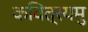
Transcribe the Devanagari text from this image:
कवित्रयमु